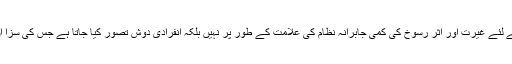
ہمارے حکمران طبقے کے لئے غیرت اور اثر رسوخ کی کمی جابرانہ نظام کی علامت کے طور پر نہیں بلکہ انفرادی دوش تصور کیا جاتا ہے جس کی سزا ان کو نہ نظام دے رہا ہے۔